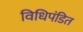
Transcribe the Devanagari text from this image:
विधिपंडित